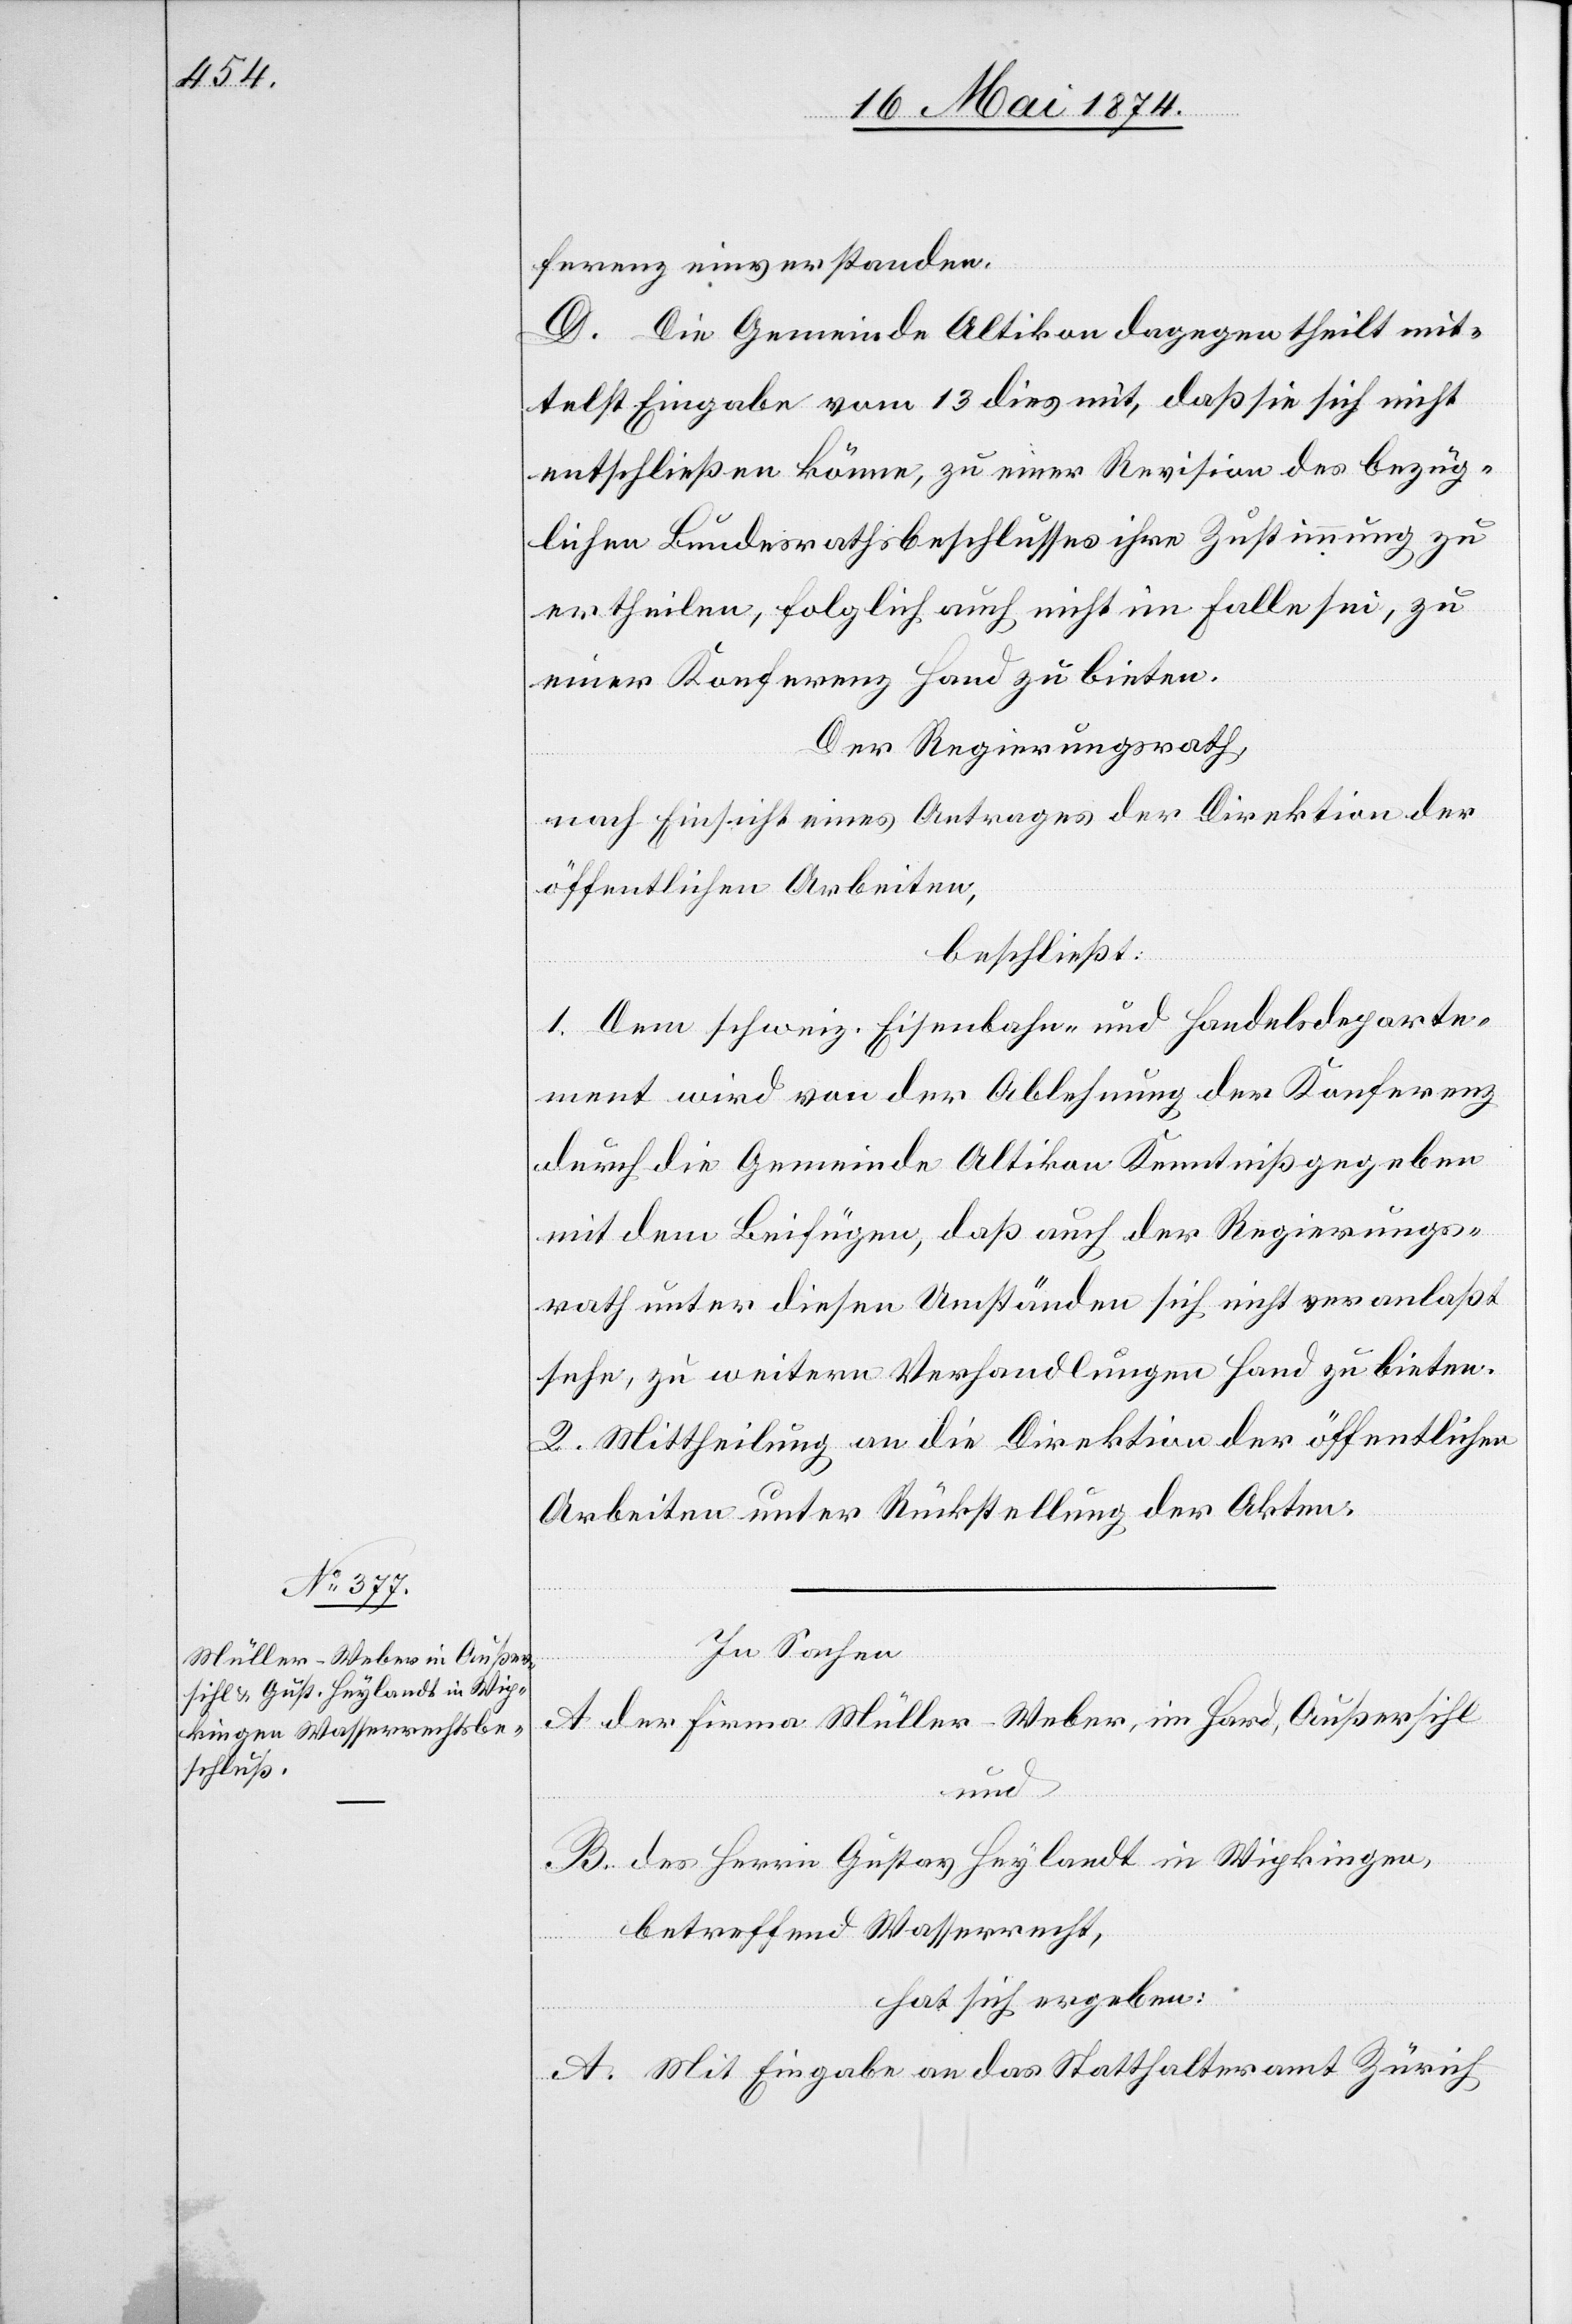
ferenz einverstanden.
D. Die Gemeinde Altikon dagegen theilt mit¬
telst Eingabe vom 13. dies mit, daß sie sich nicht
entschließen könne, zu einer Revision des bezüg¬
lichen Bundesrathsbeschlusses ihre Zustimmung zu
ertheilen, folglich auch nicht im Falle sei, zu
einer Konferenz Hand zu bieten.
Der Regierungsrath,
nach Einsicht eines Antrages der Direktion der
öffentlichen Arbeiten,
beschließt:
1. Dem schweiz. Eisenbahn- und Handelsdeparte¬
ment wird von der Ablehnung der Konferenz
durch die Gemeinde Altikon Kenntniß gegeben
mit dem Beifügen, daß auch der Regierungs¬
rath unter diesen Umständen sich nicht veranlaßt
sehe, zu weitern Verhandlungen Hand zu bieten.
2. Mittheilung an die Direktion der öffentlichen
Arbeiten unter Rückstellung der Akten.
In Sachen
A. der Firma Müller-Weber, in Hard, Außersihl
und
B. der Firma Gustav Heylandt in Wipkingen,
betreffend Wasserrecht,
hat sich ergeben:
A. Mit Eingabe an das Statthalteramt Zürich